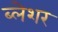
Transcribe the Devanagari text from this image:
ब्लेशर